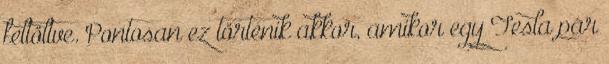
feltöltve. Pontosan ez történik akkor, amikor egy Tesla pár